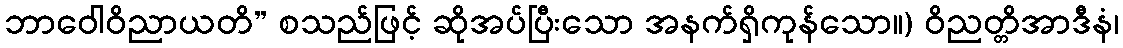
ဘာဝေါဝိညာယတိ” စသည်ဖြင့် ဆိုအပ်ပြီးသော အနက်ရှိကုန်သော။) ဝိညတ္တိအာဒီနံ၊